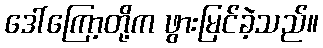
ဒေါ်ကြော့တို့က ဖွားမြင်ခဲ့သည်။